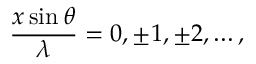
{ \frac { x \sin \theta } { \lambda } } = 0 , \pm 1 , \pm 2 , \ldots ,